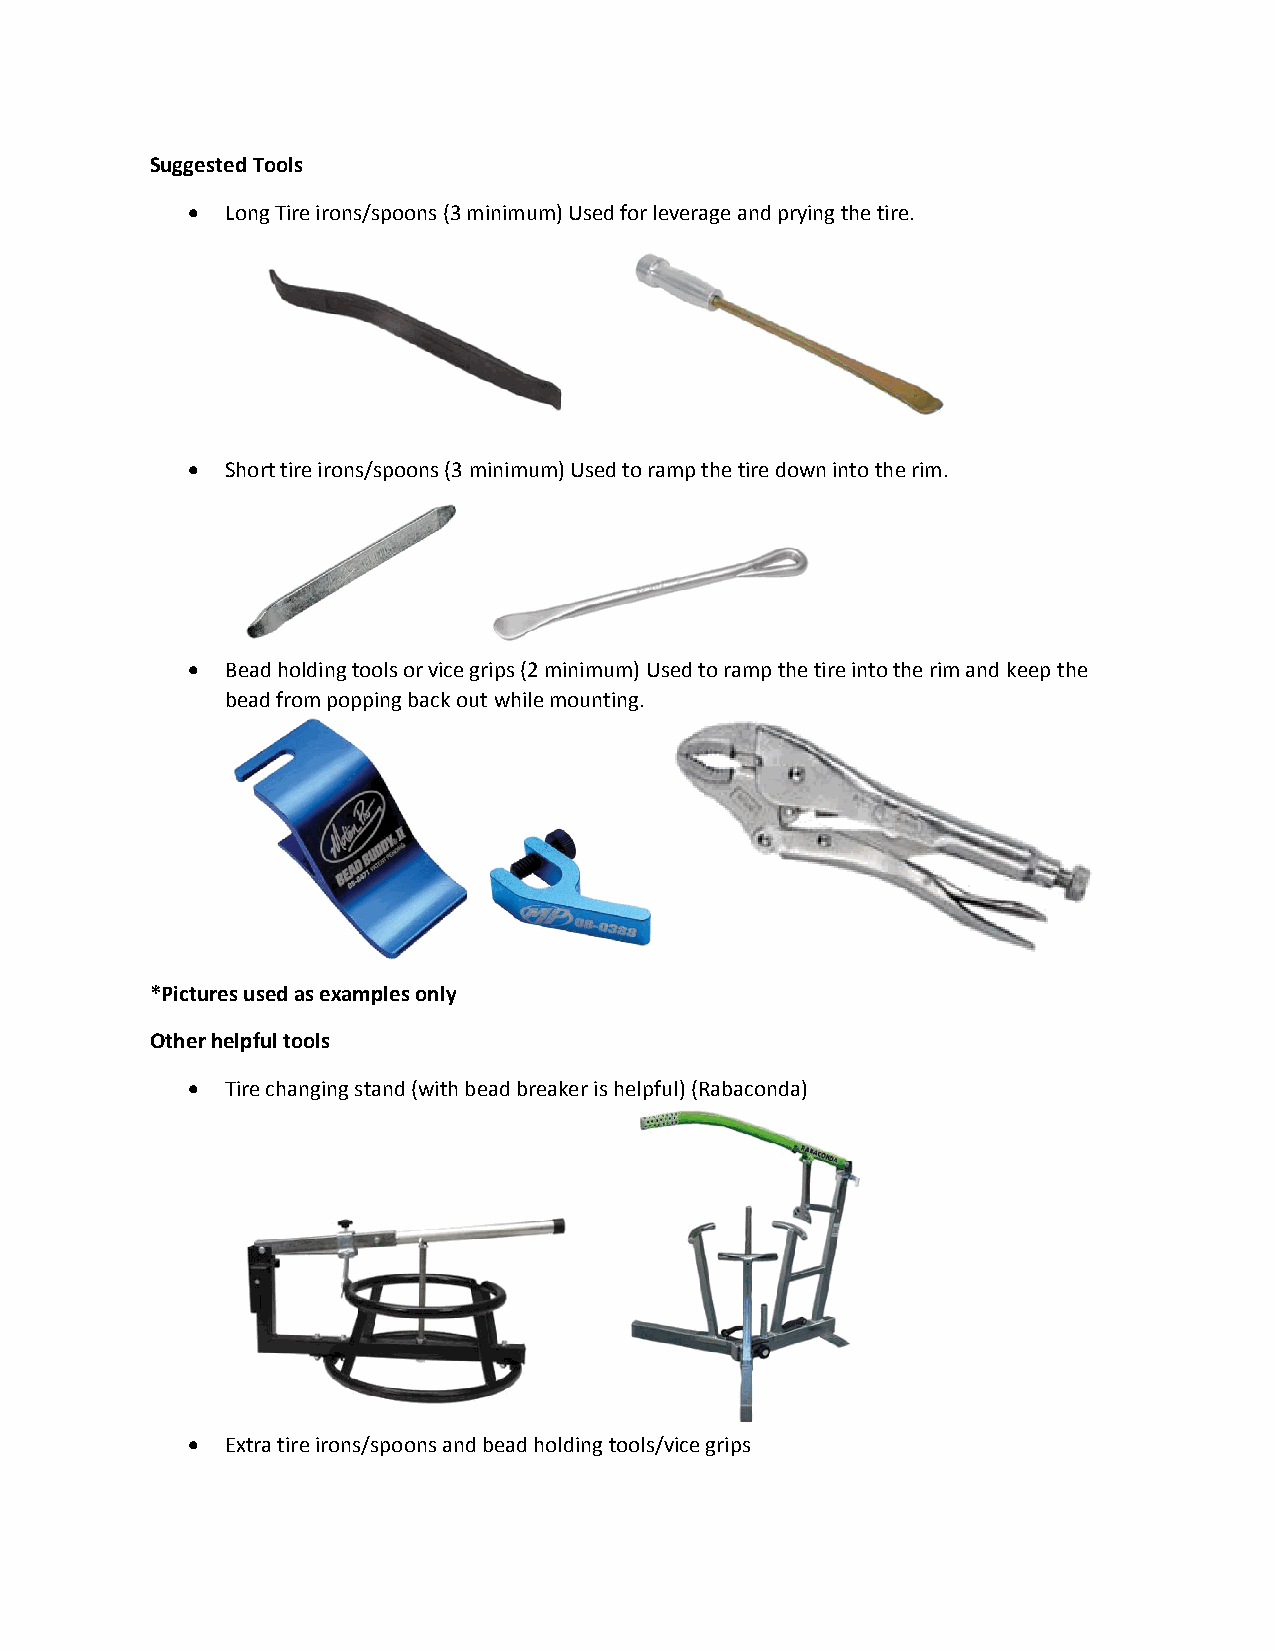
Suggested Tools
   Long Tire irons/spoons (3 minimum) Used for leverage and prying the tire.
   Short tire irons/spoons (3 minimum) Used to ramp the tire down into the rim.
   Bead holding tools or vice grips (2 minimum) Used to ramp the tire into the rim and keep the
 bead from popping back out while mounting.
 *Pictures used as examples only
 Other helpful tools
   Tire changing stand (with bead breaker is helpful) (Rabaconda)
   Extra tire irons/spoons and bead holding tools/vice grips